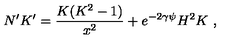
N ^ { \prime } K ^ { \prime } = \frac { K ( K ^ { 2 } - 1 ) } { x ^ { 2 } } + e ^ { - 2 \gamma \psi } H ^ { 2 } K \ ,